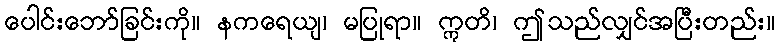
ပေါင်းဘော်ခြင်းကို။ နကရေယျ၊ မပြုရာ။ ဣတိ၊ ဤသည်လျှင်အပြီးတည်း။